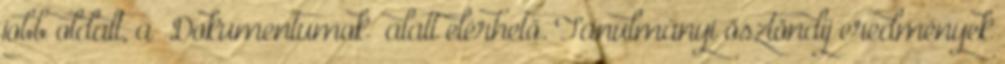
jobb oldalt, a „Dokumentumok” alatt elérhető. Tanulmányi ösztöndíj eredmények